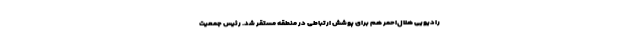
رادیویی هلال‌احمر هم برای پوشش ارتباطی در منطقه مستقر شد. رئیس جمعیت